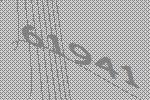
61941